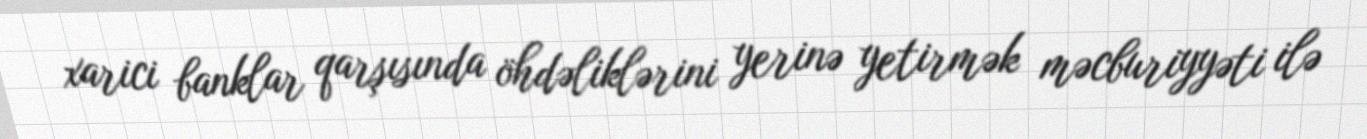
xarici banklar qarşısında öhdəliklərini yerinə yetirmək məcburiyyəti ilə